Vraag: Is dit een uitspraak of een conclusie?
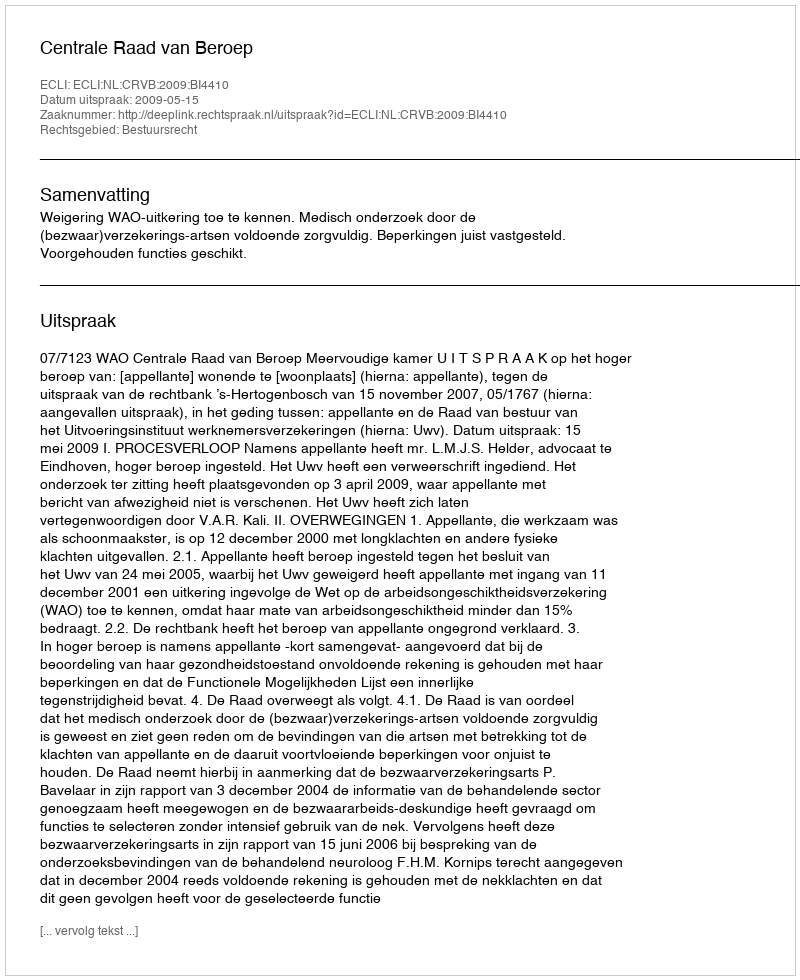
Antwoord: Uitspraak